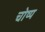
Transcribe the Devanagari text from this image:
चोष्य